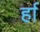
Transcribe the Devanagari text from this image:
र्हा